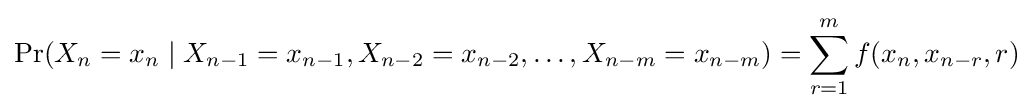
\Pr(X_{n}=x_{n}\mid X_{n-1}=x_{n-1},X_{n-2}=x_{n-2},\dots ,X_{n-m}=x_{n-m})=\sum _{r=1}^{m}f(x_{n},x_{n-r},r)